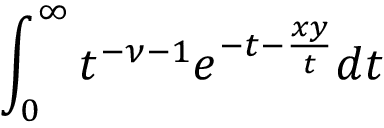
\int _ { 0 } ^ { \infty } t ^ { - \nu - 1 } e ^ { - t - \frac { x y } { t } } d t